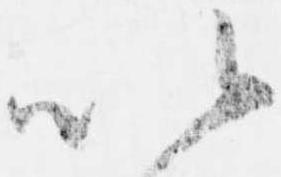
以